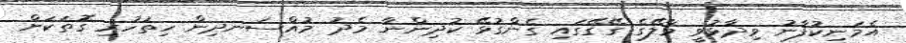
އެމަނިކުފާނު ވިދާޅުވީ މާލޭގެ ގޭގޭގައި ގެންގުޅޭ ކުދިންނާ މެދު މުއްސަނދިން ހިތުހުރި ގޮތަކަށް